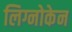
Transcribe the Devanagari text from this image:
लिग्नोकेन